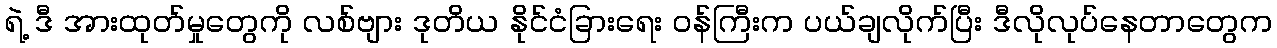
ရဲ့ ဒီ အားထုတ်မှုတွေကို လစ်ဗျား ဒုတိယ နိုင်ငံခြားရေး ဝန်ကြီးက ပယ်ချလိုက်ပြီး ဒီလိုလုပ်နေတာတွေက